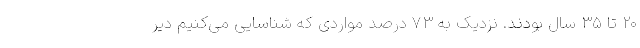
۲۰ تا ۳۵ سال بودند. نزدیک به ۷۳ درصد مواردی که شناسایی می‌کنیم دیر